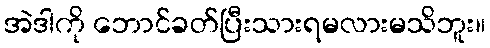
အဲဒါကို ဘောင်ခတ်ပြီးသားရမလားမသိဘူး။